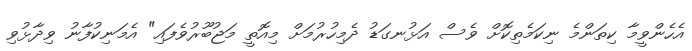
އެހެންވީމާ ކިތަންމެ ނިކަމެތިކޮށް ވެސް އަޅުނގަޑު ދެމިހުރުމަށް މިއޮތީ މަޖުބޫރުވެފައި" އެމަނިކުފާނު ވިދާޅުވި